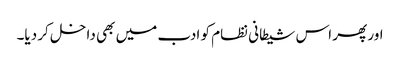
اور پھر اس شیطانی نظام کو ادب میں بھی داخل کر دیا۔